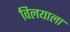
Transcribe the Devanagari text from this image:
विलयाला